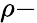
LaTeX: \rho-